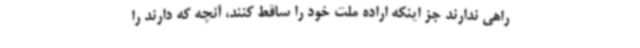
راهی ندارند جز اینکه اراده ملت خود را ساقط کنند، آنچه که دارند را